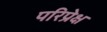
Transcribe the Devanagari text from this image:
परिप्रेक्ष